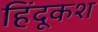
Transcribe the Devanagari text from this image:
हिंदूकश